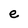
Character: e